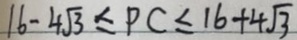
1 6 - 4 \sqrt { 3 } \leq P C \leq 1 6 + 4 \sqrt { 3 }